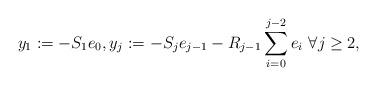
LaTeX: \begin{align*} y_1 := - S_1 e_0, y_j := - S_j e_{j-1} - R_{j-1} \sum_{i=0}^{j-2} e_i \ \forall j \geq 2,\end{align*}